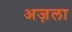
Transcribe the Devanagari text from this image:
अज़ला